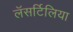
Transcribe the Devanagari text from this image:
लॅसर्टिलिया